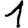
Digit: 1